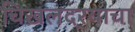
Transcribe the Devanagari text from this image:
चिखलदर्‍याचा